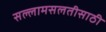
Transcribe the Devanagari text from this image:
सल्लामसलतीसाठी